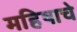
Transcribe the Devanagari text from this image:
महिषाचे